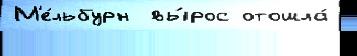
М'е́льбурн  вы́рос отошла́